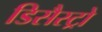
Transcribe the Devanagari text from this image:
डिसैस्ट्रो